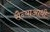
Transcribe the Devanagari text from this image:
सैन्याआधी